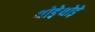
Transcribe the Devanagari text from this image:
थोडे़थोड़े